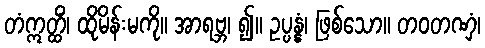
တံဣတ္ထိံ၊ ထိုမိန်းမကို။ အာရဗ္ဘ၊ ၍။ ဥပ္ပန္နံ၊ ဖြစ်သော။ တဝတဏှံ၊